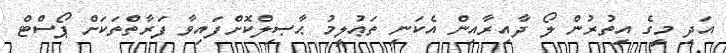
އަދި މީގެ އިތުރުން ލޯ ދާއިރާއިން އެކަނި ތަޢުލީމު ޙާޞިލްކޮށްފައިވާ ފަރާތްތަކަށް ޕޯސްޓް